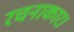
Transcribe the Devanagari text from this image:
रचनाकार।